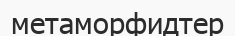
метаморфидтер